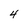
Character: 4